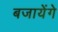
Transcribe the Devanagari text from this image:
बजायेंगे